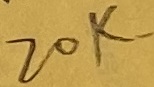
Text: 20K